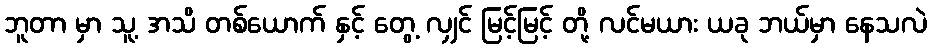
ဘူတာ မှာ သူ့ အသိ တစ်ယောက် နှင့် တွေ့ လျှင် မြင့်မြင့် တို့ လင်မယား ယခု ဘယ်မှာ နေသလဲ